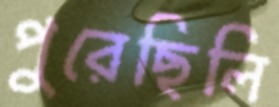
পুরেছিলি